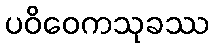
ပဝိဝေကသုခဿ